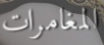
المغامرات